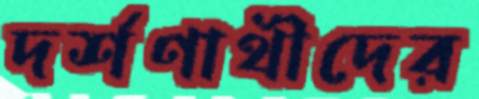
দর্শণার্থীদের